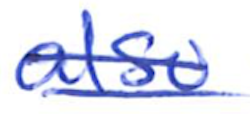
Text: also
Cross-out: double-line
Writing tool: ballpoint